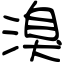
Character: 溴